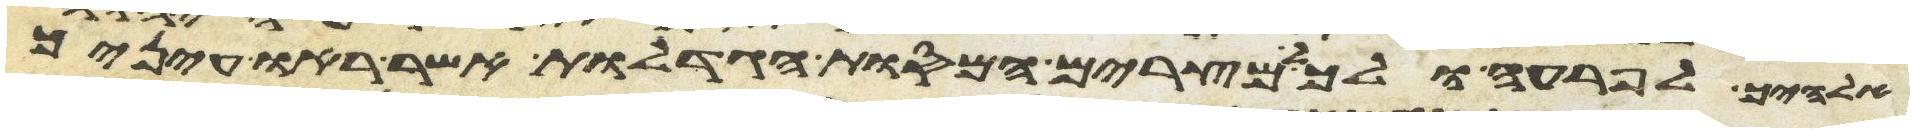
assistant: אלהיך לפרעה ולכל מצרים המסות הגדלות אשר ראו עיניך